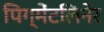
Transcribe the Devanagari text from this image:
पिग्मेंटलिनेर